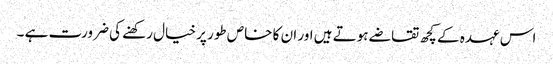
اس عہدہ کے کچھ تقاضے ہوتے ہیں اور ان کا خاص طور پر خیال رکھنے کی ضرورت ہے ۔